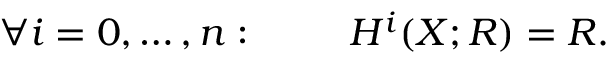
\forall i = 0 , \ldots , n : \qquad \ H ^ { i } ( X ; R ) = R .